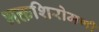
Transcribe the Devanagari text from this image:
भक्तशिरोमणी